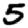
Digit: 5